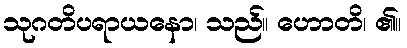
သုဂတိပရာယနော၊ သည်။ ဟောတိ၊ ၏။